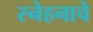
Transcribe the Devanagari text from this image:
स्नेहनाचे